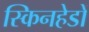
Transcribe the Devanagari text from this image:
स्किनहेडों